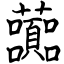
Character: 虈